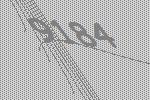
9184